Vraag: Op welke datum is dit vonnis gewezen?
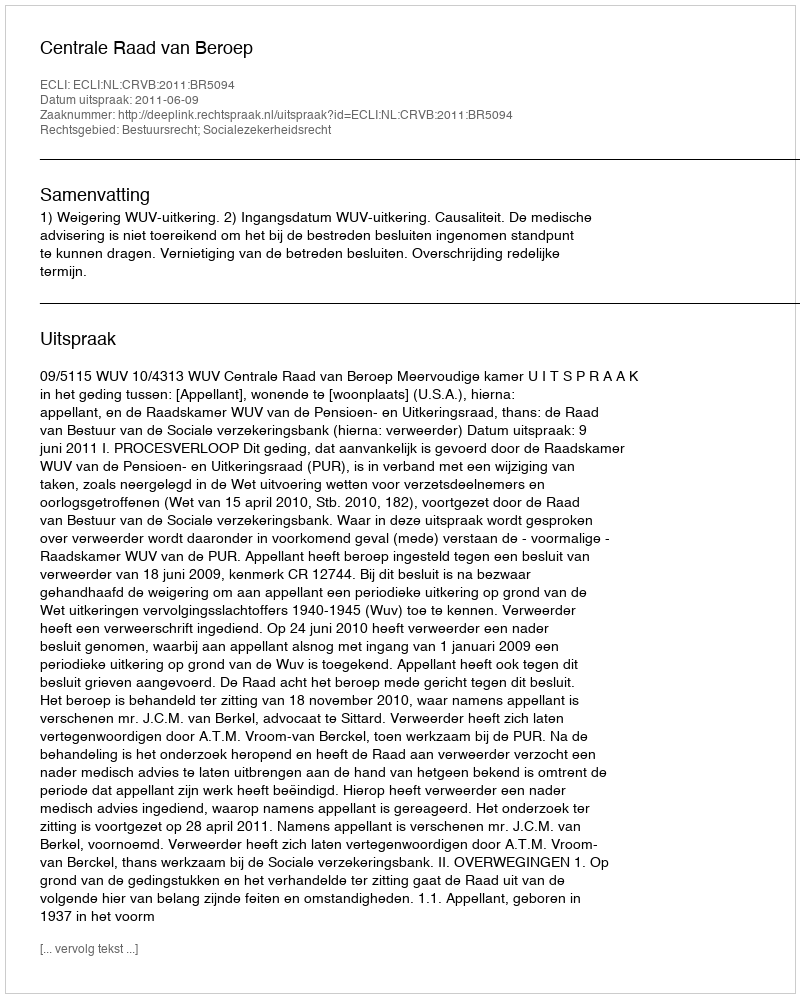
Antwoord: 2011-06-09